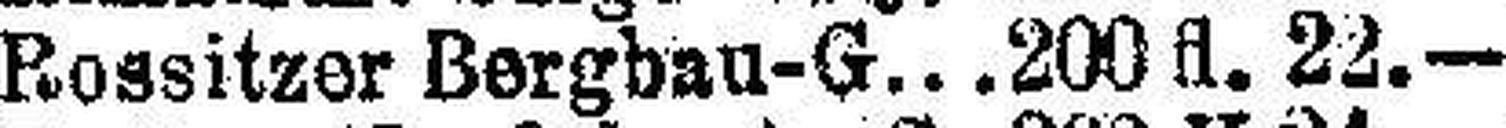
Rossitzer Bergbau-G. 200 fl. 22.—